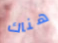
هناك